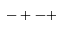
- + - +